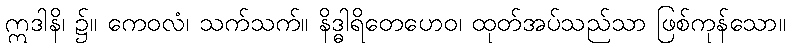
ဣဒါနိ၊ ၌။ ကေဝလံ၊ သက်သက်။ နိဒ္ဓါရိတေဟေဝ၊ ထုတ်အပ်သည်သာ ဖြစ်ကုန်သော။